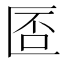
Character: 𠥀